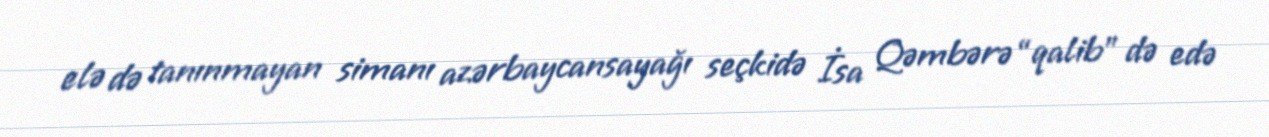
elə də tanınmayan simanı azərbaycansayağı seçkidə İsa Qəmbərə “qalib” də edə